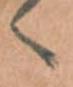
へ